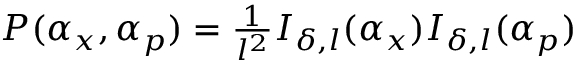
\begin{array} { r } { P ( \alpha _ { x } , \alpha _ { p } ) = \frac { 1 } { l ^ { 2 } } I _ { \delta , l } ( \alpha _ { x } ) I _ { \delta , l } ( \alpha _ { p } ) } \end{array}